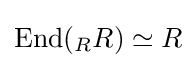
\operatorname {End} ({}_{R}R)\simeq R